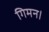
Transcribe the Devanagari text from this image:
गिमन।